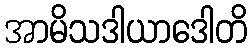
အာမိသဒါယာဒေါတိ